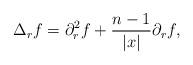
LaTeX: \begin{align*}\Delta_r f = \partial_r^2f + \frac{n-1}{|x|}\partial_r f,\end{align*}